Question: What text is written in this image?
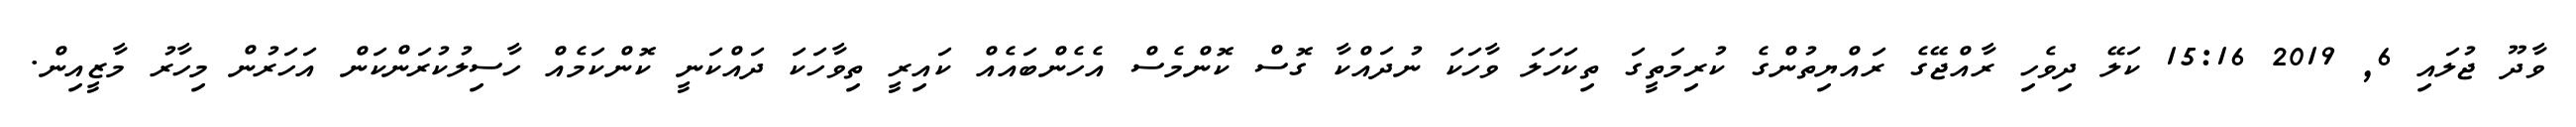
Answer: ވާދޫ ޖުލައި 6, 2019 15:16 ކަލޭ ދިވެހި ރާއްޖޭގެ ރައްޔިތުންގެ ކުރިމަތީގަ ތިކަހަލަ ވާހަކަ ނުދައްކާ ގޮސް ކޮންމެސް އެހެންބައެއް ކައިރީ ތިވާހަކަ ދައްކަނީ ކޮންކަމެއް ހާސިލުކުރަންކަން އަހަރުން މިހާރު މާޒީއިން.